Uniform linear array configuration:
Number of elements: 12
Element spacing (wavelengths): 0.25
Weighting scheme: exponential
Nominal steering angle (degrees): -15
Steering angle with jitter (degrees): -14.262
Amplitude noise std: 0.05
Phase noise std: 0.05

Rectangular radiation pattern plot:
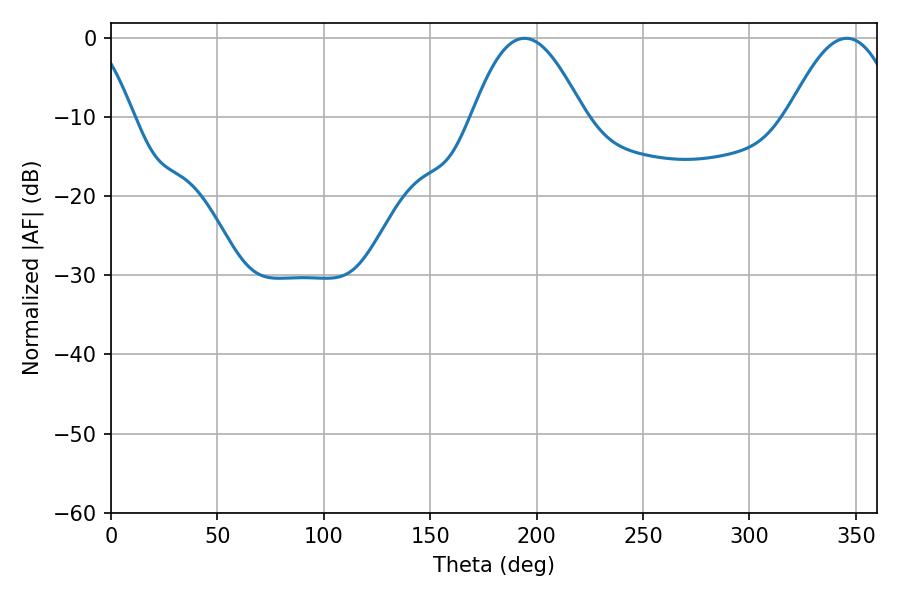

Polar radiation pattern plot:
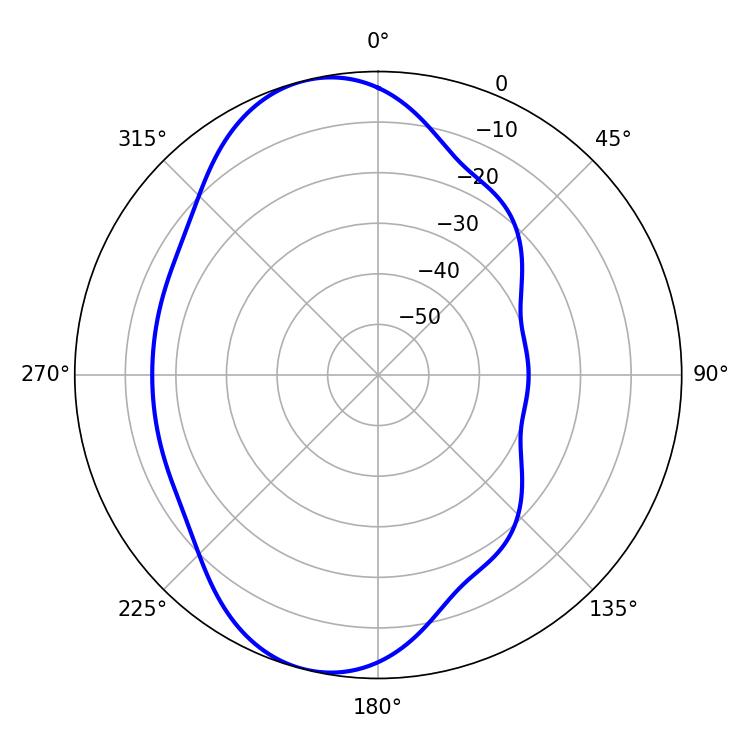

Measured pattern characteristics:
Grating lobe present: FALSE
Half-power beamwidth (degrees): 28.44
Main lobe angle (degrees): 194.22